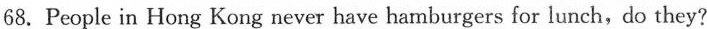
68. People in Hong Kong never have hamburgers for lunch,do they?